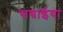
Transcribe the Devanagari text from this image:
सच्चाईयां